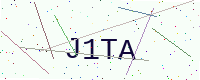
Text: J1TA